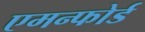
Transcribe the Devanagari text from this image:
एमन्फोर्ड